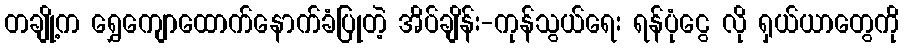
တချို့က ရွှေကျောထောက်နောက်ခံပြုတဲ့ အိပ်ချိန်း-ကုန်သွယ်ရေး ရန်ပုံငွေ လို ရှယ်ယာတွေကို